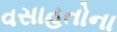
વસાહતોના